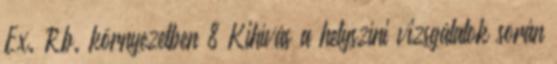
Ex. Rb. környezetben 8 Kihívás a helyszíni vizsgálatok során